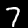
Label: 7